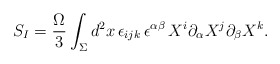
\begin{align*}S_I = {\Omega\over 3}\int_{\Sigma} d^2 x\,\epsilon_{ijk}\,\epsilon^{\alpha\beta}\, X^{i}\partial_{\alpha} X^{j}\partial_{\beta} X^{k}.\end{align*}